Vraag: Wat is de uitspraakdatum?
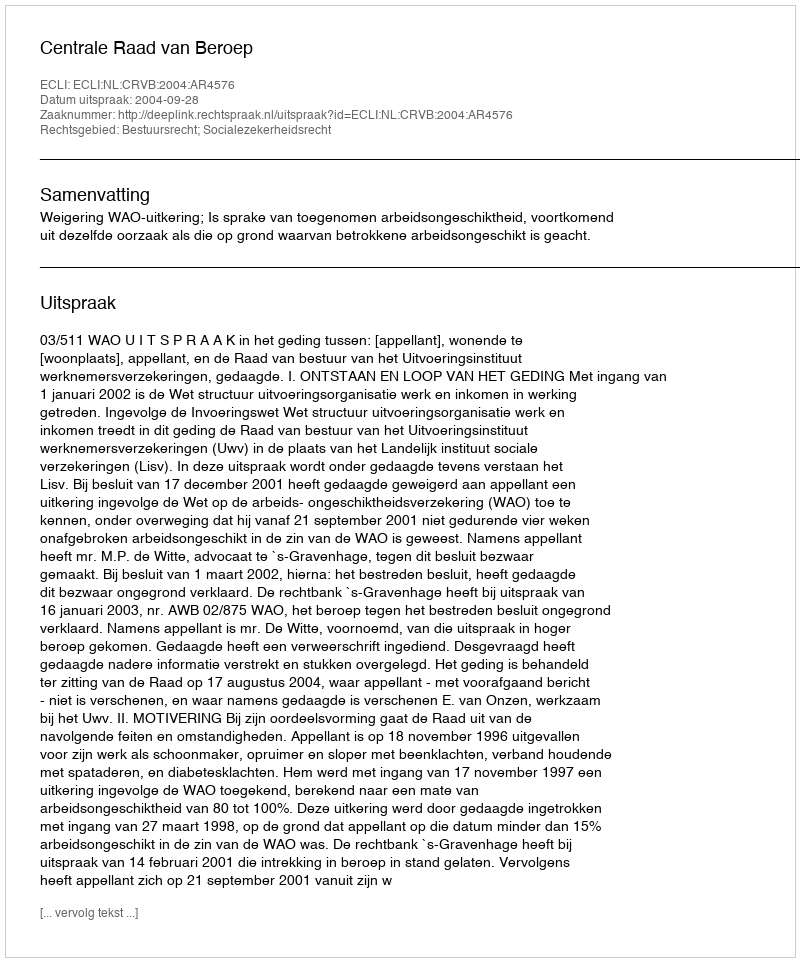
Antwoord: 2004-09-28